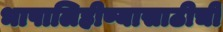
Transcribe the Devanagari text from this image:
भाषालिहीण्यासाठीची